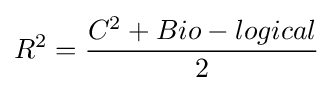
R^{2}={\frac {C^{2}+Bio-logical}{2}}